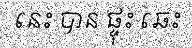
នេះ បាន ផ្ទុះ ឆេះ